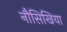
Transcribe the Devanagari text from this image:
नौसिखिया